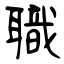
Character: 職